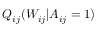
Q _ { i j } ( W _ { i j } | A _ { i j } = 1 )